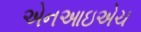
એનઆઇએચ